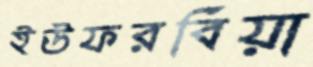
ইউফরবিয়া